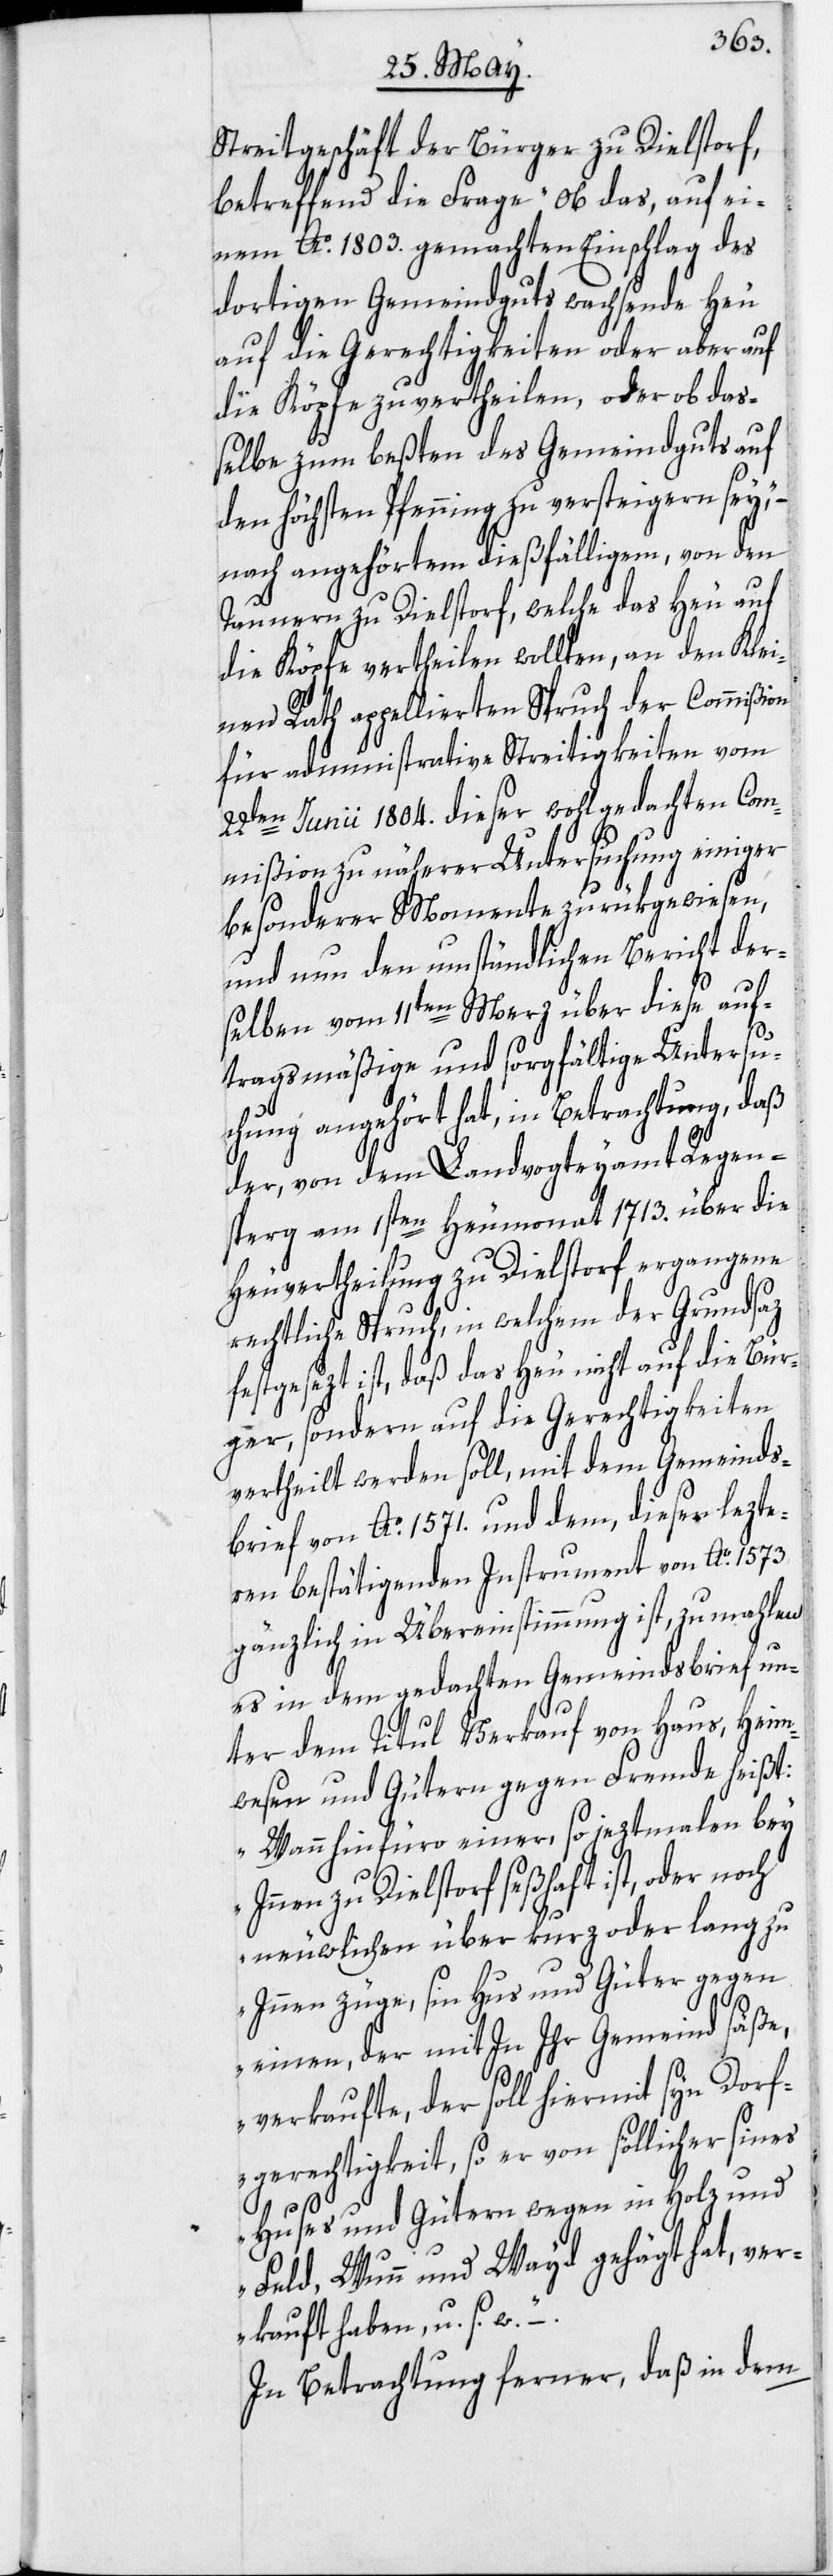
Streitgeschäft der Bürger zu Dielstorf,
betreffend die Frage „ob das, auf ei¬
nem Ao. 1803. gemachten Einschlag des
dortigen Gemeindguts wachsende Heu
auf die Gerechtigkeiten oder aber auf
die Köpfe zu vertheilen, oder ob das¬
selbe zum beßten des Gemeindguts auf
den höchsten Pfenning zu versteigern sei“,
nach angehörtem dießfälligem, von den
Taunern zu Dielstorf, welche das Heu auf
die Köpfe vertheilen wollten, an den Klei¬
nen Rath appellierten Spruch der Commißion
für administrative Streitigkeiten vom
22ten Junii 1804. dieser wohlgedachten Com¬
mißion zu näherer Untersuchung einiger
besonderer Momente zurükgewiesen,
und nun den umständlichen Bericht der¬
selben vom 11ten Merz über diese auf¬
tragsmäßige und sorgfältige Untersu¬
chung angehört hat, in Betrachtung, daß
der, von dem Landvogteyamt Regen¬
sperg am 1sten Heumonat 1713. über die
Heuvertheilung zu Dielstorf ergangene
echtliche Spruch, in welchem der Grundsaz
festgesezt ist, daß das Heu nicht auf die Bür¬
ger, sondern auf die Gerechtigkeiten
vertheilt werden soll, mit dem Gemeinds¬
brief von Ao. 1571. und dem, dieser lezte¬
ren bestätigenden Instrument von Ao. 1573.
gänzlich in Übereinstimmung ist, zumahlen
es in dem gedachten Gemeindsbrief un¬
r¬
ter dem Titul Verkauf von Haus, Heim¬
wesen und Gütern gegen Fremde heißt:
„Wann hinfüro einer, so jeztmalen bey
Innen zu Dielstorf seßhaft ist, oder noch
neuwlichen über kurz oder lang zu
Innen züge, sin Hus und Güter gegen
einen, der mit In Ihr Gemeind säße,
verkaufte, der soll hiermit syn Dorf¬
gerechtigkeit, so er von söllicher sines
Huses und Gütern wegen in Holz und
Feld, Wunn und Wayd gehägt hat, ver¬
kauft haben, u. s. w.“ –
In Betrachtung ferner, daß in dem